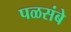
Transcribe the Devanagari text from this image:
पळसंबे